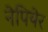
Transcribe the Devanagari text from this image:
नेपियेर